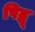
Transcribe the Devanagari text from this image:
पिद्धू